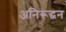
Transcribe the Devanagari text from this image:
अनिरूद्धन